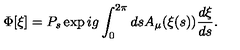
\Phi [ \xi ] = P _ { s } \exp i g \int _ { 0 } ^ { 2 \pi } d s A _ { \mu } ( \xi ( s ) ) \frac { d \xi } { d s } .